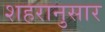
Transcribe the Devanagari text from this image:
शहरानुसार